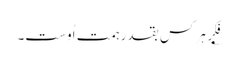
؂فِکرِ ہر کس بقدرِ ہمتِ اُوست۔